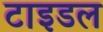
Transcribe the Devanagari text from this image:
टाइडल